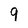
Character: 9